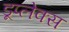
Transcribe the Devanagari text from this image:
डूप्लेक्स